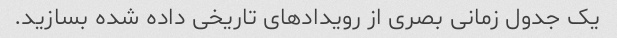
یک جدول زمانی بصری از رویدادهای تاریخی داده شده بسازید.